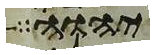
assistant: יהוה